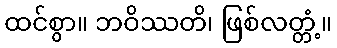
ထင်စွာ။ ဘဝိဿတိ၊ ဖြစ်လတ္တံ့။